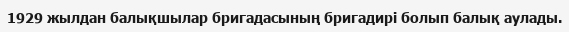
1929 жылдан балықшылар бригадасының бригадирі болып балық аулады.